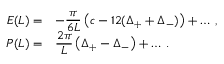
\begin{array} { r l } { { \displaystyle E ( L ) = } } & { { - \displaystyle \frac { \pi } { 6 L } \left( c - 1 2 ( \Delta _ { + } + \Delta _ { - } ) \right) + \ldots \: , } } \\ { { P ( L ) = } } & { { \displaystyle \frac { 2 \pi } { L } \left( \Delta _ { + } - \Delta _ { - } \right) + \ldots \: . } } \end{array}